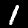
Digit: 1